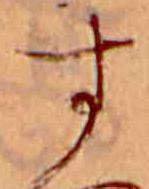
す